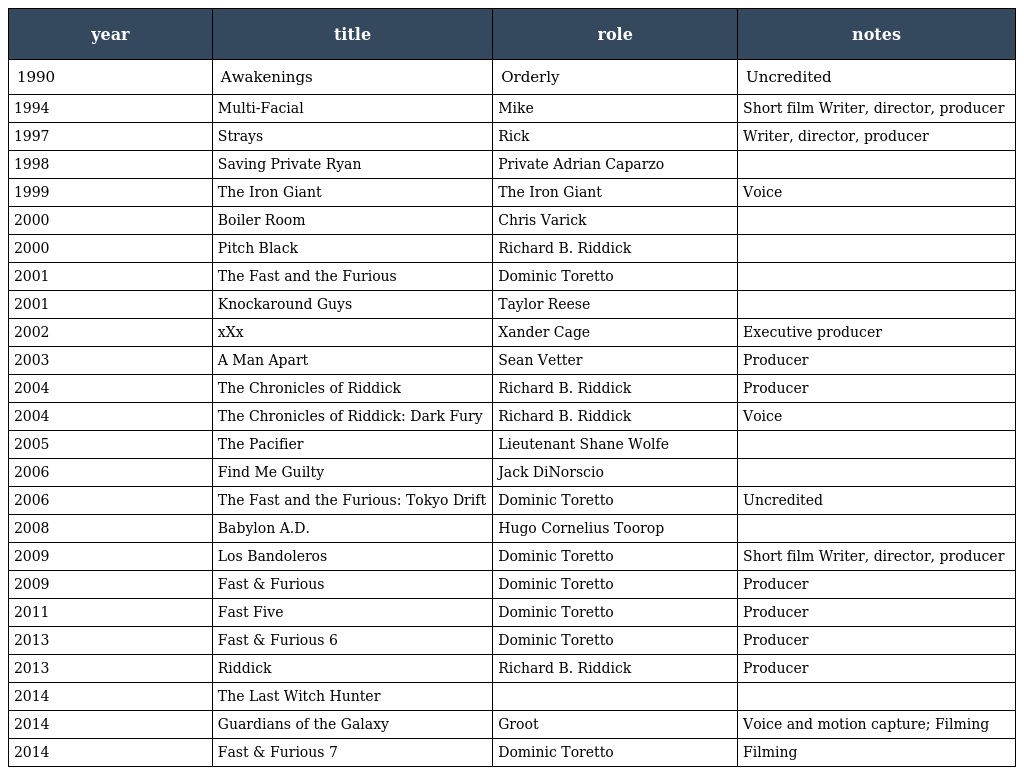
| year | title | role | notes |
 | --- | --- | --- | --- |
 | 1990 | Awakenings | Orderly | Uncredited |
 | 1994 | Multi-Facial | Mike | Short film Writer, director, producer |
 | 1997 | Strays | Rick | Writer, director, producer |
 | 1998 | Saving Private Ryan | Private Adrian Caparzo |  |
 | 1999 | The Iron Giant | The Iron Giant | Voice |
 | 2000 | Boiler Room | Chris Varick |  |
 | 2000 | Pitch Black | Richard B. Riddick |  |
 | 2001 | The Fast and the Furious | Dominic Toretto |  |
 | 2001 | Knockaround Guys | Taylor Reese |  |
 | 2002 | xXx | Xander Cage | Executive producer |
 | 2003 | A Man Apart | Sean Vetter | Producer |
 | 2004 | The Chronicles of Riddick | Richard B. Riddick | Producer |
 | 2004 | The Chronicles of Riddick: Dark Fury | Richard B. Riddick | Voice |
 | 2005 | The Pacifier | Lieutenant Shane Wolfe |  |
 | 2006 | Find Me Guilty | Jack DiNorscio |  |
 | 2006 | The Fast and the Furious: Tokyo Drift | Dominic Toretto | Uncredited |
 | 2008 | Babylon A.D. | Hugo Cornelius Toorop |  |
 | 2009 | Los Bandoleros | Dominic Toretto | Short film Writer, director, producer |
 | 2009 | Fast & Furious | Dominic Toretto | Producer |
 | 2011 | Fast Five | Dominic Toretto | Producer |
 | 2013 | Fast & Furious 6 | Dominic Toretto | Producer |
 | 2013 | Riddick | Richard B. Riddick | Producer |
 | 2014 | The Last Witch Hunter |  |  |
 | 2014 | Guardians of the Galaxy | Groot | Voice and motion capture; Filming |
 | 2014 | Fast & Furious 7 | Dominic Toretto | Filming |